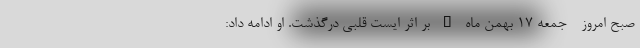
صبح امروز - جمعه 17 بهمن ماه – بر اثر ایست قلبی درگذشت. او ادامه داد: